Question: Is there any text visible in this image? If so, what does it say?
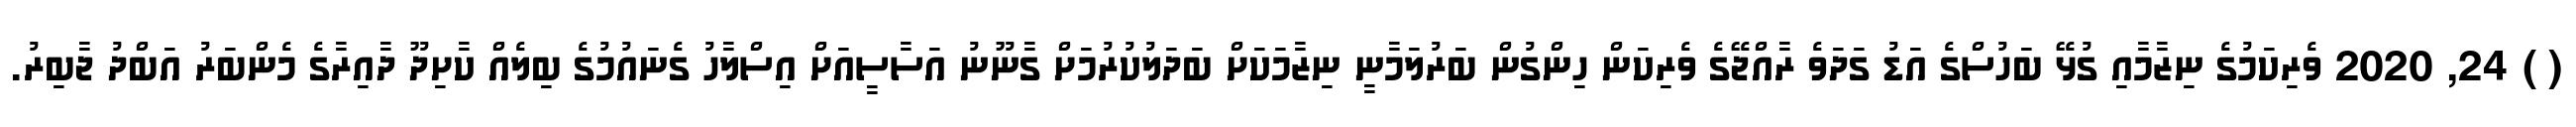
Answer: ( ) 24, 2020 ވެރިކަމުގެ ނިޒާމާއި ގުޅޭ ބަހުސްގެ އަޑު ގަދަވެ ރާއްޖޭގެ ވެރިކަން ހިންގުން ބަރުލަމާނީ ނިޒާމަކަށް ބަދަލުކުރުމަށް ގާނޫނު އަސާސީއަށް އިސްލާހު ގެނައުމުގެ ބިލެއް ކާށިދޫ ދާއިރާގެ މެންބަރު އަބްދު ޖާބިރު.